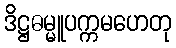
ဒိဋ္ဌဓမ္မူပက္ကမဟေတု